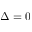
\Delta = 0